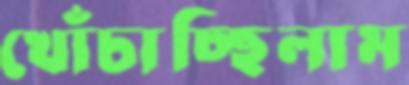
খোঁচাচ্ছিলাম